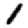
Digit: 1